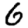
Digit: 6